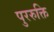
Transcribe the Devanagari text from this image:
पुररुक्ति